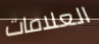
العلامات